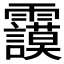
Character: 𩇅